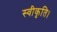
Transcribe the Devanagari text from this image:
स्वीकृति।